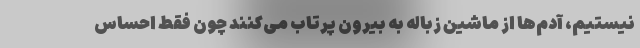
نیستیم، آدم‌ها از ماشین زباله به بیرون پرتاب می‌کنند چون فقط احساس